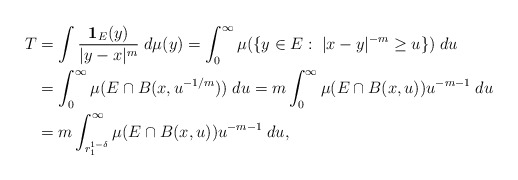
\begin{align*}T&=\int \frac{{\bf 1}_E(y)}{|y-x|^m}\; d\mu(y)=\int_{0}^\infty \mu(\{y\in E:\; |x-y|^{-m}\geq u\})\; du\\&=\int_{0}^\infty \mu(E\cap B(x, u^{-1/m})) \; du=m\int_{0}^\infty \mu(E\cap B(x, u)) u^{-m-1} \; du\\&=m\int_{r_1^{1-\delta}}^\infty \mu(E\cap B(x, u)) u^{-m-1} \; du,\end{align*}